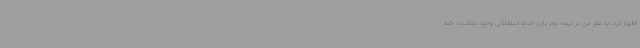
اظهار کرد: به نظر من در نیمه دوم بازی اصلا استقلالی وجود نداشت. خط